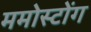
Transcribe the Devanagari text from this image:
ममोस्टोंग